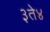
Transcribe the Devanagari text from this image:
३ते४